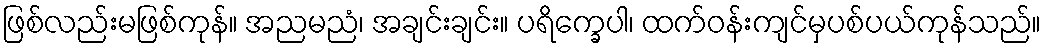
ဖြစ်လည်းမဖြစ်ကုန်။ အညမညံ၊ အချင်းချင်း။ ပရိက္ခေပါ၊ ထက်ဝန်းကျင်မှပစ်ပယ်ကုန်သည်။